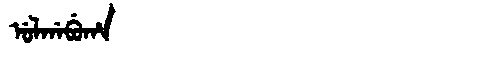
Manchu: ᡠᠯᡤᠠᠪᡠᡥᠠ
Romanization: ULGABUHA